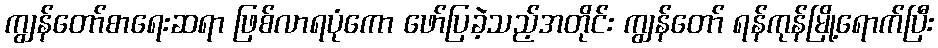
ကျွန်တော်စာရေးဆရာ ဖြစ်လာရပုံကော ဖော်ပြခဲ့သည့်အတိုင်း ကျွန်တော် ရန်ကုန်မြို့ရောက်ပြီး